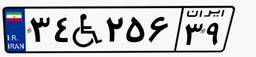
۳۴W۲۵۶۳۹